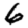
Digit: 6